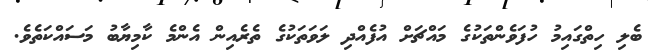
ބެލި ހިތްގައިމު ހުފަވެންތަކުގެ މައްޗަށް އުފެއްދި ލަވަތަކުގެ ތެރެއިން އެންމެ ކާމިޔާބު މަސައްކަތެވެ.